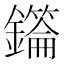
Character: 𮣜